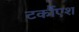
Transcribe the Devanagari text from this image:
टर्कौएश